NAE_ERA_R-1950_Eesti_Ajakirjanike_Liit, lk 7
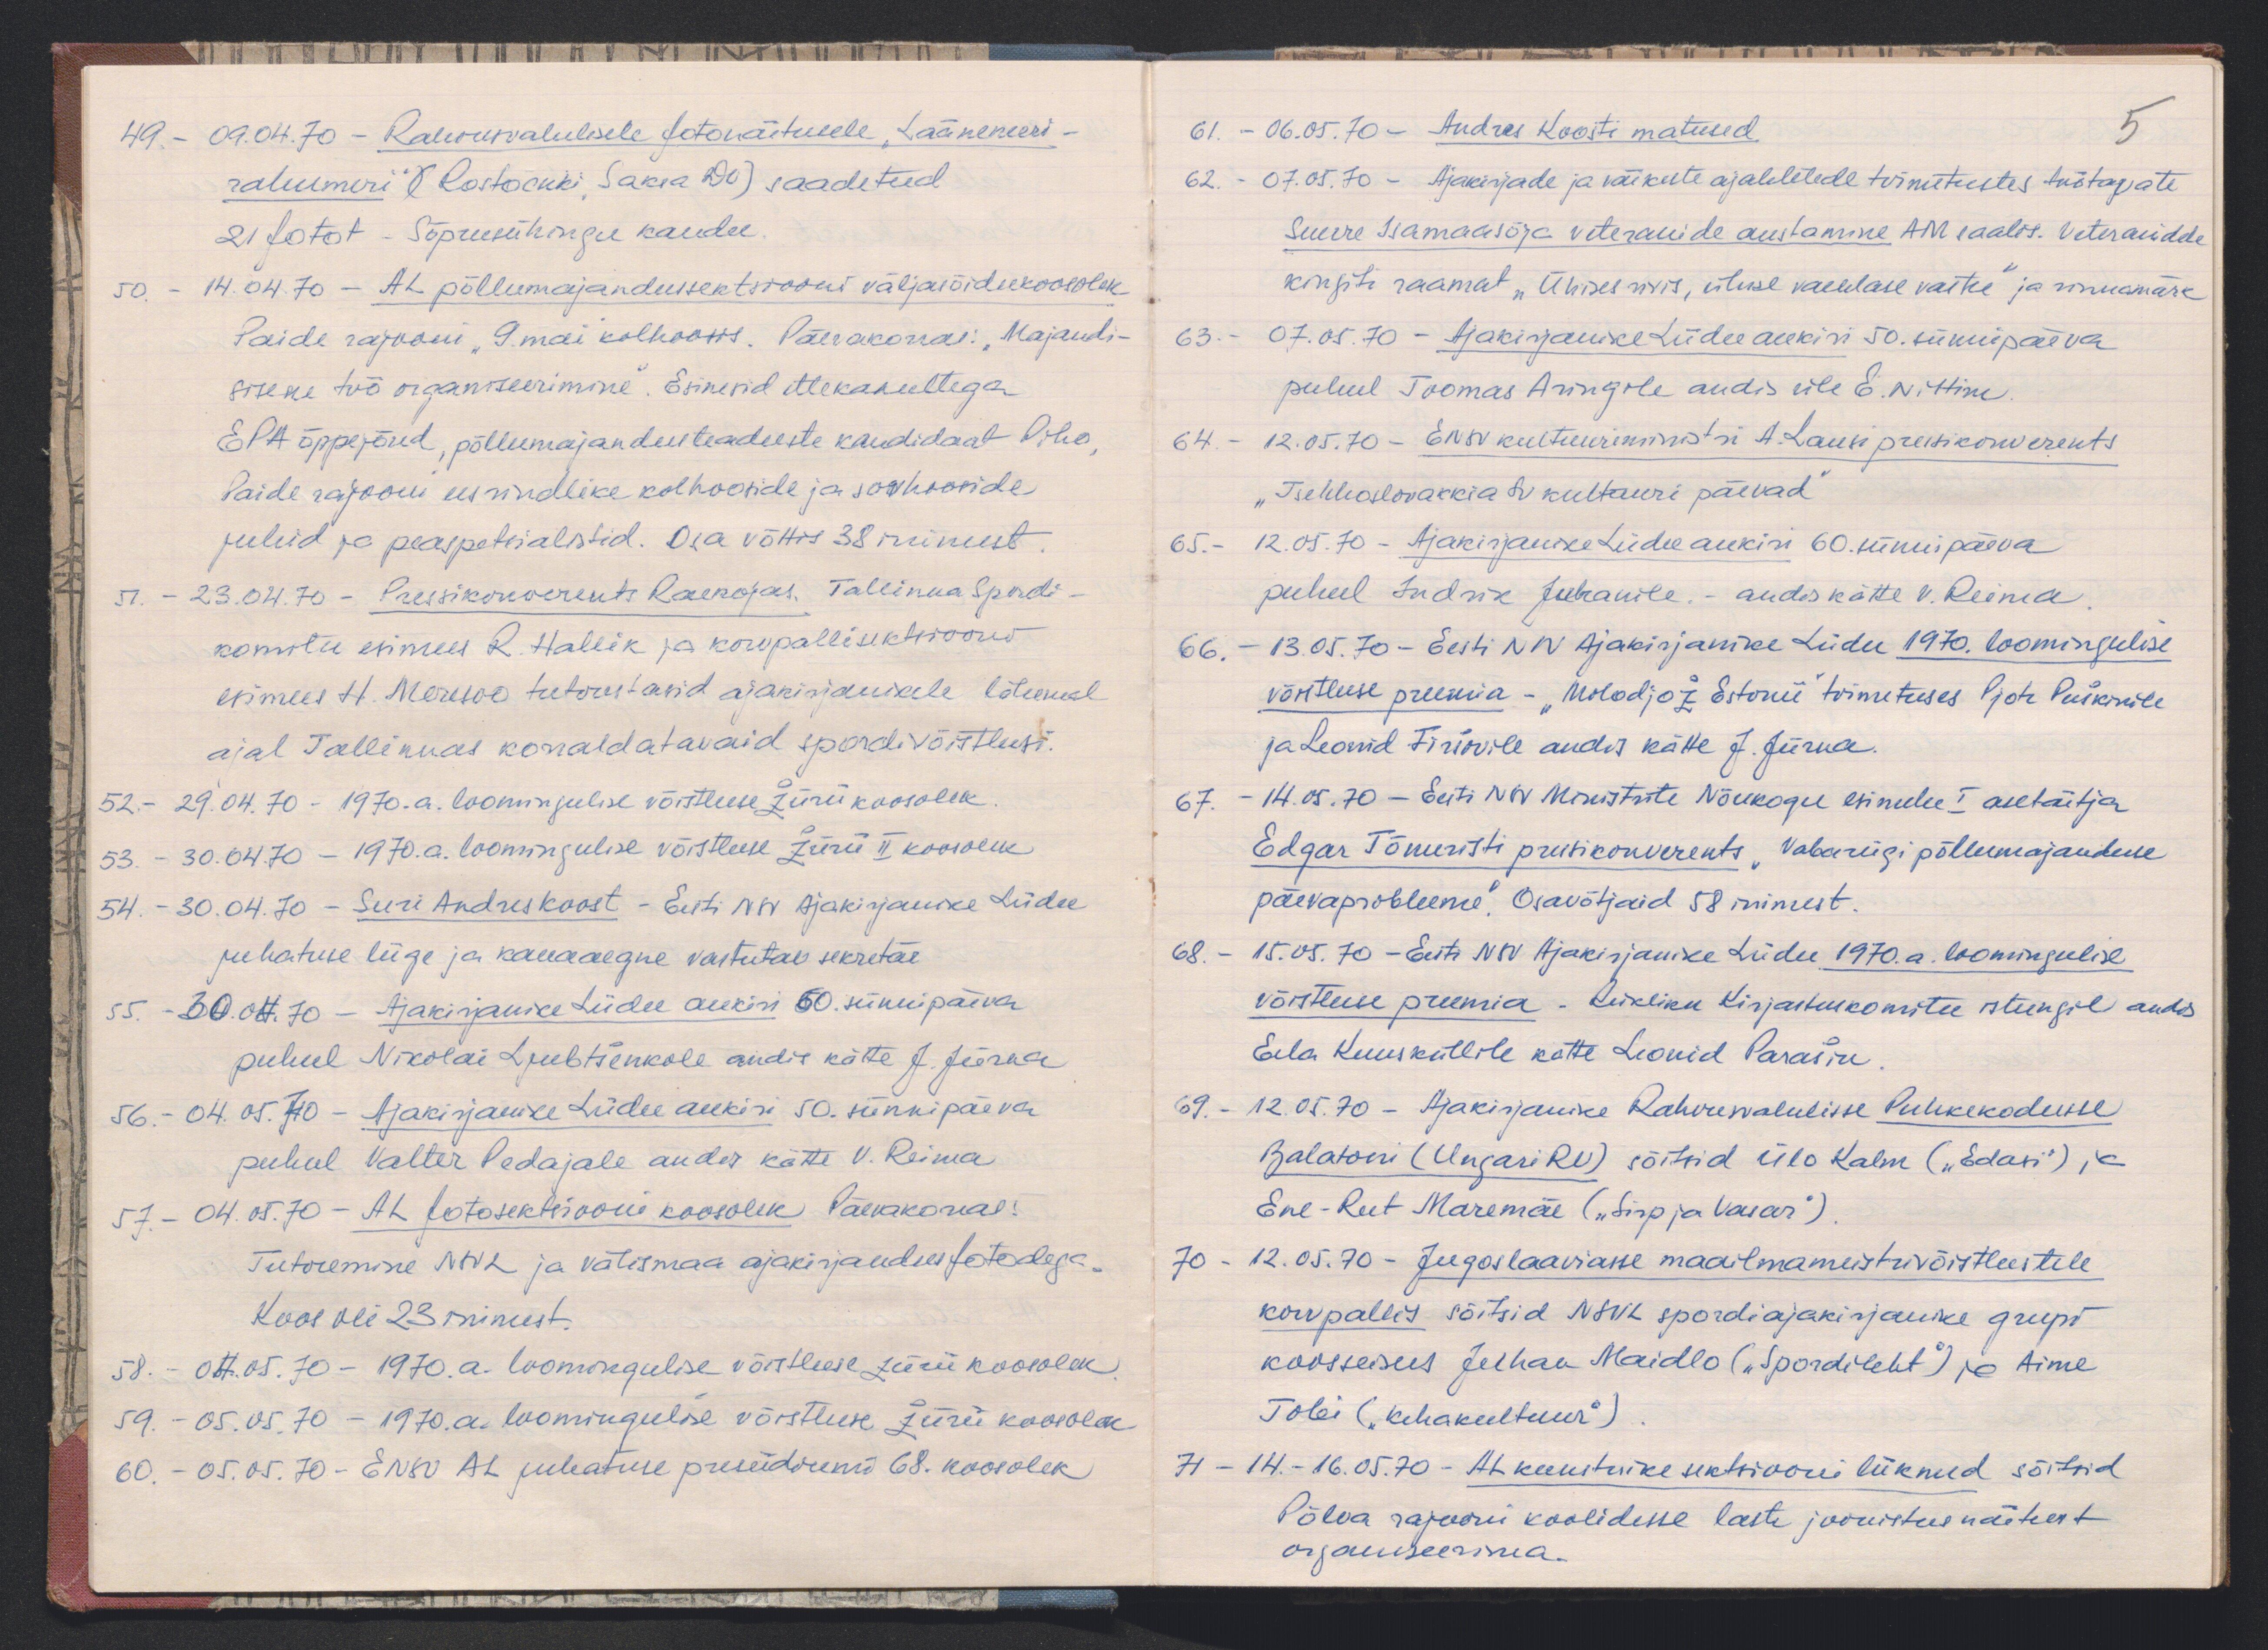
49. - 09.04.70 - Rahvusvahelisele fotonäitusele "Läänemeri -
rahumeri (Rostockki, Saksa DV) saadetud
21 fotot - Sõprusühingu kaudu.
50. - 14.04.70 - AL põllumajandussektsiooni väljasõidukoosolek
Paide rajooni "9. mai kolhoosis. Päerakorras: "Majandi-
sisene töö organiseerimine." Esinesid ettekakaneeltega
EPA õppejõud, põllumajandusteaduste kandidaat Piho,
Paide rajooni eesrindlike kolhooside ja sovhooside
juhid ja peaspetsialistid. Osa võttis 38 inimest.
51. - 23.04.70 - Pressikonverents Raekojas. Tallinna Spordi-
komitee esimees R. Hallik ja korvpallisektsiooni
esimees H. Meresoo tutvustasid ajakirjanikele lähemal
ajal Tallinnas korraldatavaid spordivõistlusi.
52. - 29.04.70 - 1970. a. loomingulise võistluse žürii koosolek
53. - 30.04.70 - 1970. a. loomingulise võistluse žürii II koosolek
54. - 30.04.70 - Suri Andres Koost - Eesti NSV Ajakirjanike Liidu
juhatuse liige ja kauaaegne vastutav sekretär
55. - 30.04.70 - Ajakirjanike Liidu aukiri 60. sünnipäeva
puhul Nikolai Ljubtsenkole andis kätte J. Jürna
56. - 04.05.70 - Ajakirjanike Liidu aukiri 50. sünnipäeva
puhul Valter Pedajale andis kätte V. Reima
57. - 04.05.70 - AL fotosektsiooni koosolek Päevakorral:
Tutvumine NSVL ja välismaa ajakirjandus fotodega.
Koos oli 23 inimest.
58. - 04.05.70 - 1970. a. loomingulise võistluse žürii koosolek
59. - 05.05.70 - 1950. a. loomingulise võistluse žürii koosolek
60. - 05.05.70 - ENSV AL juhatuse presiidium 68. koosolek

61. - 06.05.70 - Andres Koosti matused.
5
62. - 07.05.70 - Ajakirjade ja väikeste ajalehtede toimetuste töötajate
Suure Isamaasõja veteranide austamine AM saalis. Veteranidele
kingiti raamat "Ühises rivis, ühise vaenlase vastu" ja rinnamärk
63. - 07.05.70 - Ajakirjanike Liidu aukiri 50. sünnipäeva
puhul Toomas Aringile andis üle E. Nittim.
64. - 12.05.70 - ENSV kultuuriministri A. Lausi pressikonverents
"Tsehoslovakkia SV kultuuri päevad"
65. - 12.05.70 - Ajakirjanike Liidu aukiri 60. sünnipäeva
puhul Indrik Juhanile. - andis kätte V. Reima
66. - 13.05.70 - Eesti NSV Ajakirjanike Liidu 1970. loomingulise
võistluse preemia - "Molodjož Estonii" toimetuses Pjotr Puškinile
ja Leonid Firšovile andis kätte J. Jürna.
67. - 14.05.70 - Eesti NSV Ministrite Nõukogu esimehe I asetäitja
Edgar Tõnuristi pressikonverents, Vabariigi põllumajanduse
päevaprobleeme". Osavõtjaid 58 inimest.
68. - 15.05.70 - Eesti NSV Ajakirjanike Liidu 1970.a. loomingulise
võistluse preemia. Riikliku Kirjastuskomitee istungil andis
Ella Kuusküllile kätte Leonid Parašin
69. - 12.05.70 - Ajakirjanike Rahvusvahelisse Puhkekodusse
Balatoni (Ungari RV) sõitsid Ülo Kalm ("Edasi") ja
Ene-Reet Märemäe ("Sirp ja Vasar")
70 - 12.05.70 - Jugoslaaviasse maailmameistrivõistlustele
korvpallis sõitsid NSVL spordiajakirjanike grupi
koosseisus Juhan Maidlo ("Spordileht") ja Aime
Tobi ("Kehakultuur")
71- 14. - 16.05.70 - AL kunstnike sektsiooni liikmed sõitsid
Põlva rajooni koolidesse laste joonistus näitust
organiseerima.